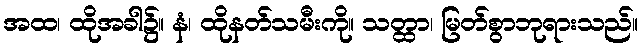
အထ၊ ထိုအခါ၌။ နံ၊ ထိုနတ်သမီးကို။ သတ္ထာ၊ မြတ်စွာဘုရားသည်။